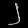
Digit: ၂